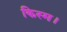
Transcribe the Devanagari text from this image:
किस्म।